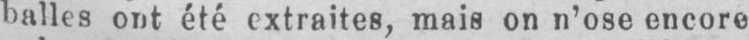
balles ont été extraites, mais on n’ose encore